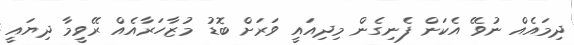
ދިމައެއް ނުވޭ އެކަން ފެނިގެން މިދިއައީ ވަރަށް ބޮޑު މުޒާހަރާއެއް ރޭވީމާ ދިޔައީ